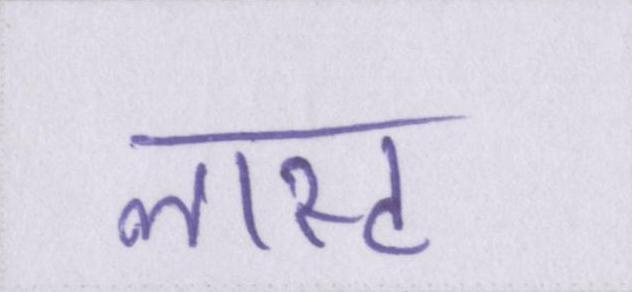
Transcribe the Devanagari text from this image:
लास्ट